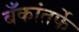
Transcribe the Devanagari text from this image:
बँकांतर्फे